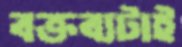
বক্তব্যটাই